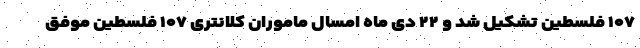
۱۰۷ فلسطین تشکیل شد و ۲۲ دی ماه امسال ماموران کلانتری ۱۰۷ فلسطین موفق